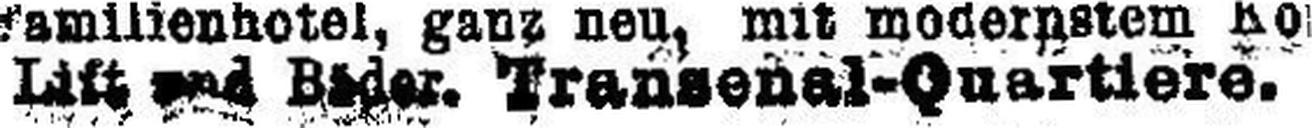
Lift and Bäder. Transenal-Quartiere.